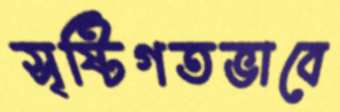
সৃষ্টিগতভাবে